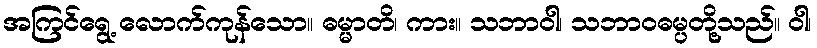
အကြင်ရွေ့ လောက်ကုန်သော။ ဓမ္မာတိ၊ ကား။ သဘာဝါ၊ သဘာဝဓမ္ပတို့သည်။ ဝါ၊